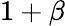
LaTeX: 1+\beta